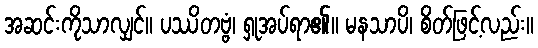
အဆင်းကိုသာလျှင်။ ပဿိတဗ္ဗံ၊ ရှုအပ်ရာ၏။ မနသာပိ၊ စိတ်ဖြင့်လည်း။